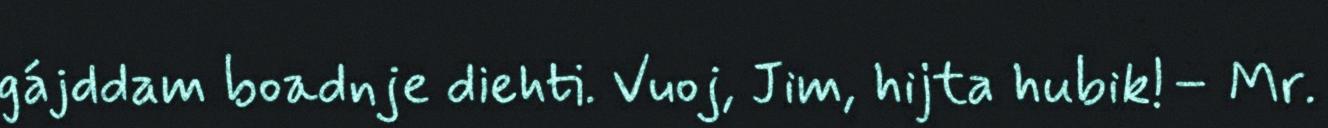
gájddam boadnje diehti. Vuoj, Jim, hijta hubik!– Mr.